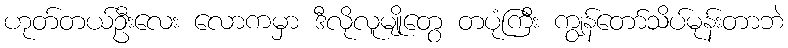
ဟုတ်တယ်ဦးလေး လောကမှာ ဒီလိုလူမျိုတွေ တပုံကြီး ကျွန်တော်သိပ်မုန်းတာဘဲ